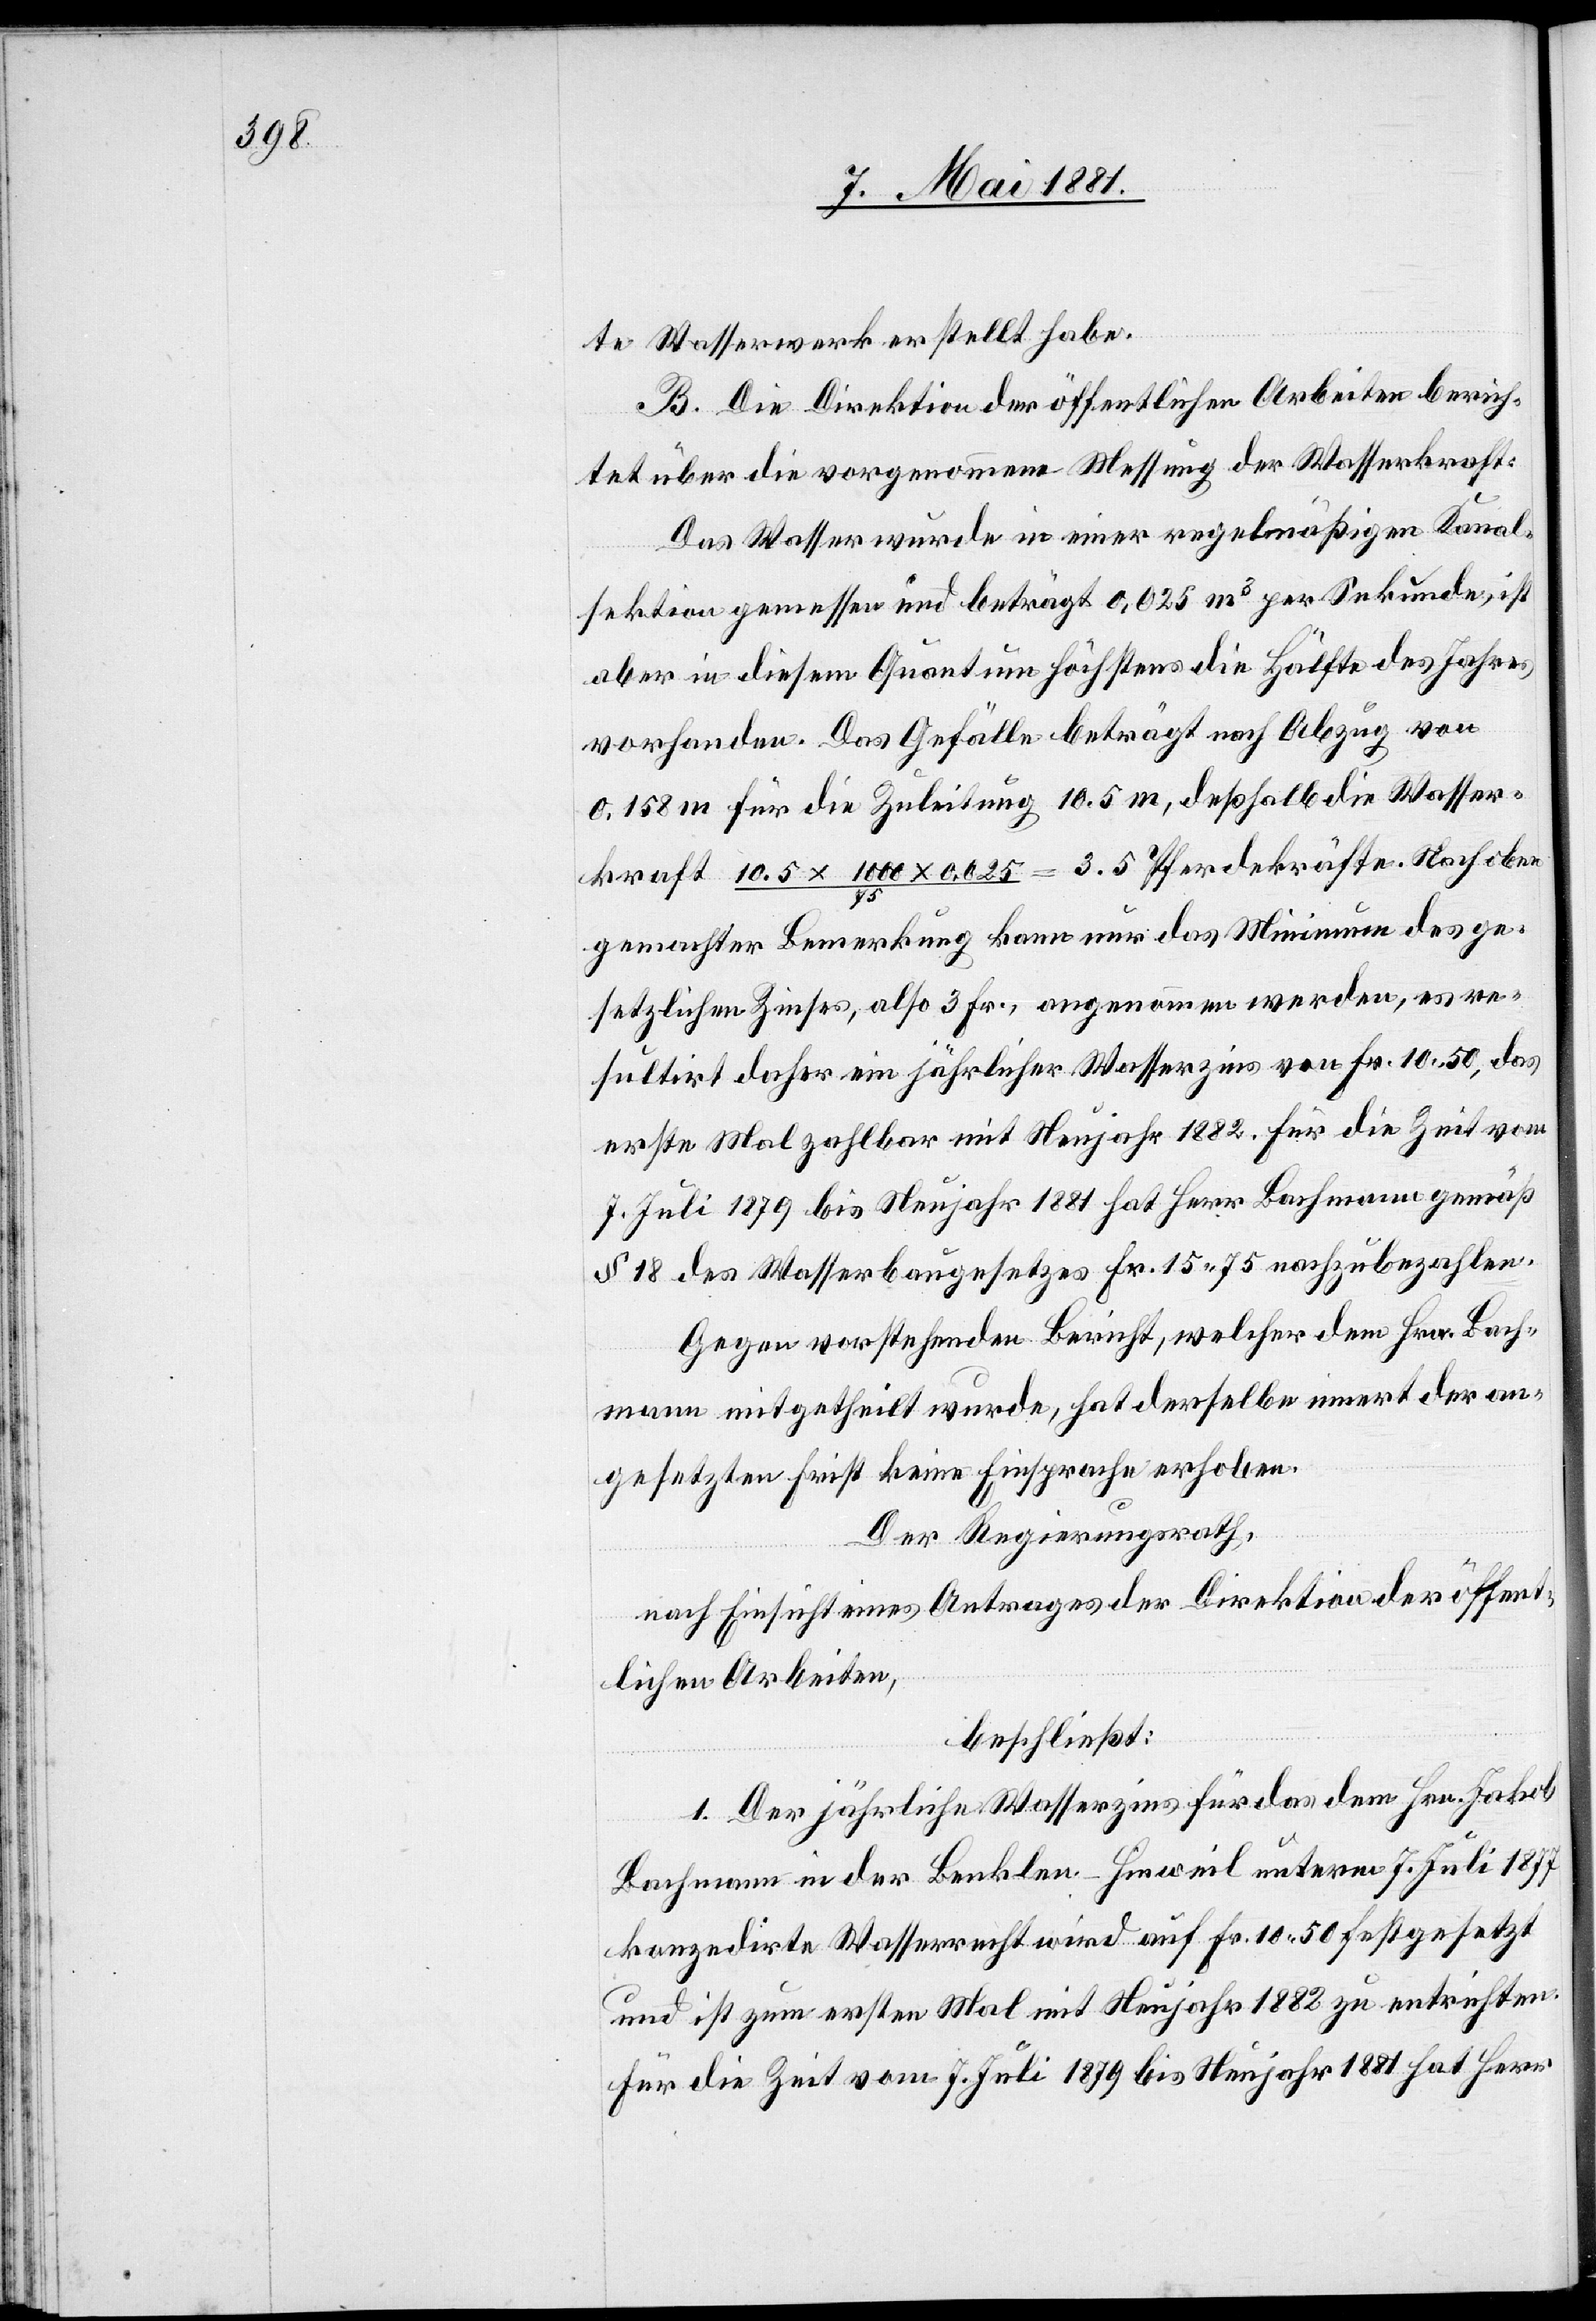
te Wasserwerk erstellt habe.
B. Die Direktion der öffentlichen Arbeiten berich¬
tet über die vorgenommene Messung der Wasserkraft:
Das Wasser wurde in einer regelmäßigen Kanal¬
sektion gemessen und beträgt 0,025 m3 per Sekunde, ist
aber in diesem Quantum höchstens die Hälfte des Jahres
vorhanden. Das Gefälle beträgt nach Abzug von
0.158 m für die Zuleitung 10.5 m, deßhalb die Wasser¬
kraft 10.5 x 1000 x 0.025 / 75 = 3.5 Pferdekräfte. Nach oben
gemachter Bemerkung kann nur das Minimum des ge¬
setzlichen Zinses, also 3 Fr., angenommen werden, es re¬
sultirt daher ein jährlicher Wasserzins von Fr. 10.50, das
erste Mal zahlbar mit Neujahr 1882. Für die Zeit vom
7. Juli 1879 bis Neujahr 1881 hat Herr Bachmann gemäß
§ 18 des Wasserbaugesetzes Fr. 15. 75 nachzubezahlen.
Gegen vorstehenden Bericht, welcher dem Hrn. Bach¬
mann mitgetheilt wurde, hat derselbe innert der an¬
gesetzten Frist keine Einsprache erhoben.
Der Regierungsrath,
nach Einsicht eines Antrages der Direktion der öffent¬
lichen Arbeiten,
beschließt:
1. Der jährliche Wasserzins für das dem Hrn. Jakob
Kaufmann in der Benklen - Hinweil unterm 7. Juli 1877
konzedirte Wasserrecht wird auf Fr. 10. 50 festgesetzt
und ist zum ersten Mal mit Neujahr 1883 zu entrichten.
Für die Zeit vom 7. Juli 1879 bis Neujahr 1881 hat Herr